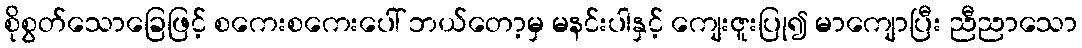
စိုစွတ်သောခြေဖြင့် စကေးစကေးပေါ် ဘယ်တော့မှ မနင်းပါနှင့် ကျေးဇူးပြု၍ မာကျောပြီး ညီညာသော